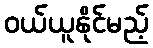
ဝယ်ယူနိုင်မည့်